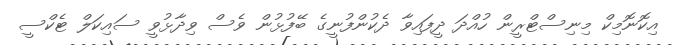
އިކޮނޮމިކް މިނިސްޓްރީން ހުއްދަ ދީފައިވާ ދެކުންފުނީގެ ބޭފުޅުން ވެސް ވިދާޅުވީ ސައިކަލް ޓެކްސީ